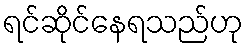
ရင်ဆိုင်နေရသည်ဟု